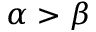
\alpha > \beta